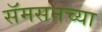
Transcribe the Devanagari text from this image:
सॅमसनच्या